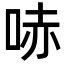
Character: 哧